Bréfritari: Sigríður Pálsdóttir
Viðtakandi: Páll Pálsson
Dagsetning: A-1840-06-15
Skrifað á: Síðumúla  Mýr.
Páll var bróðir Sigríðar

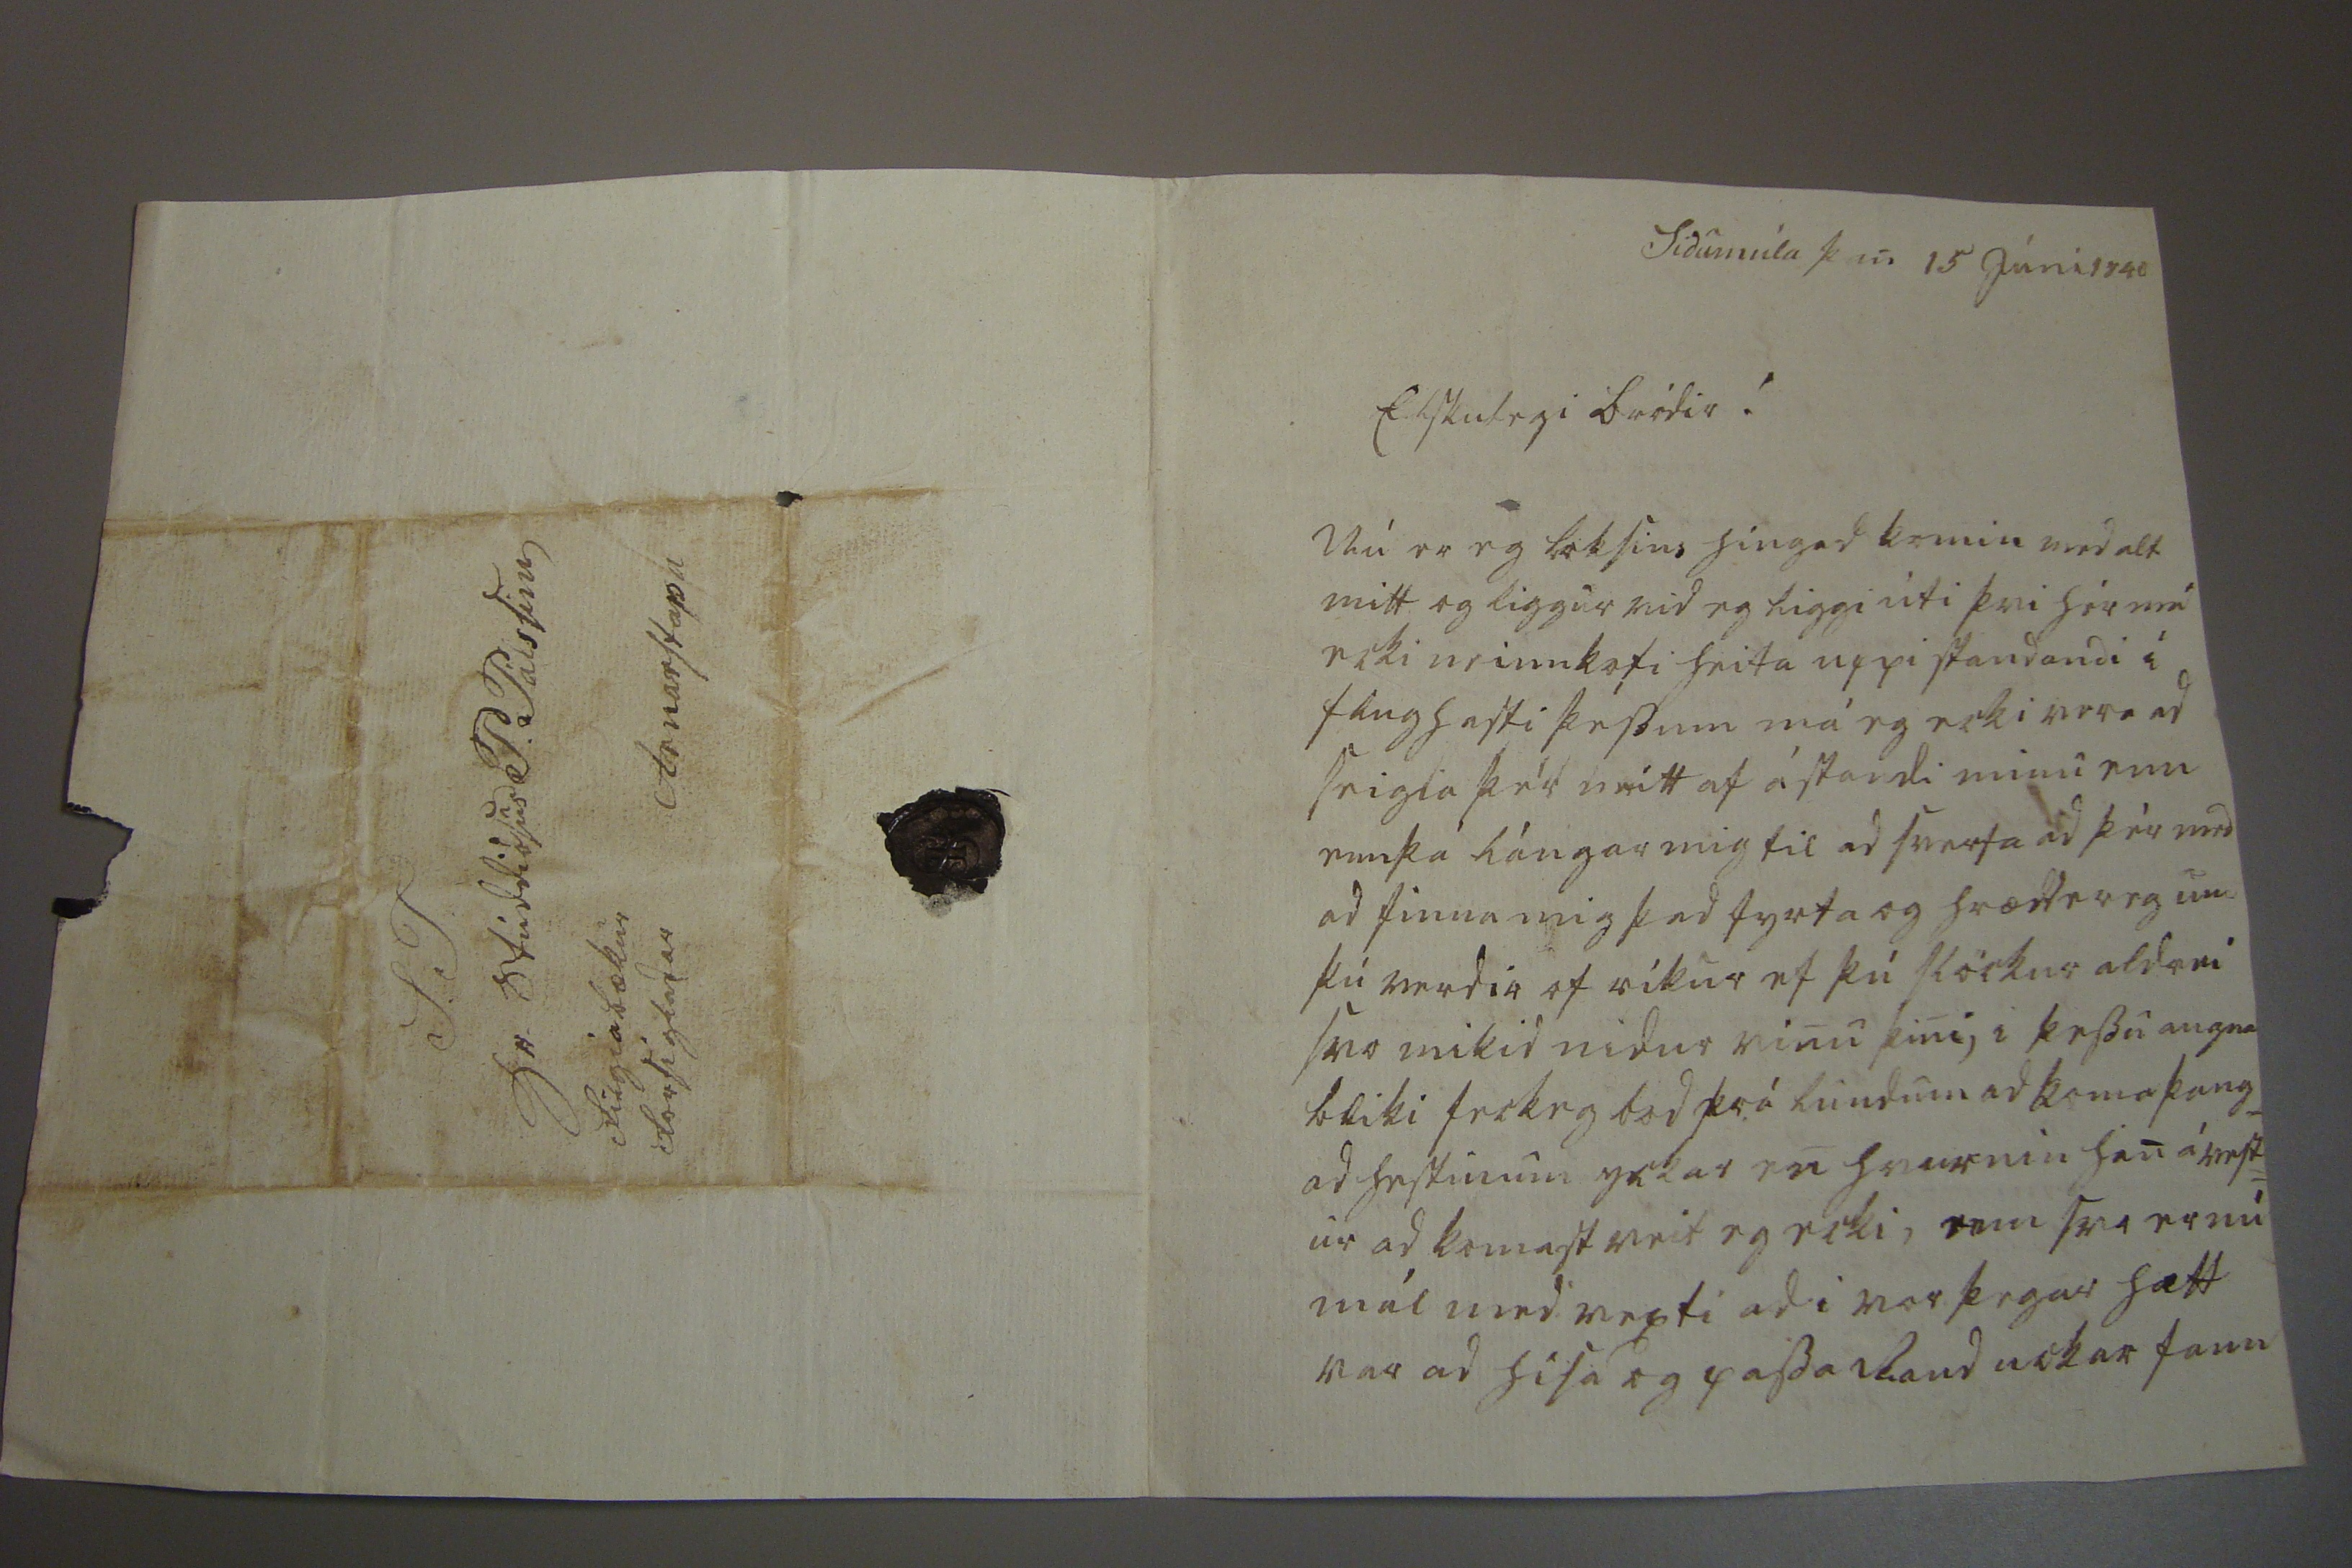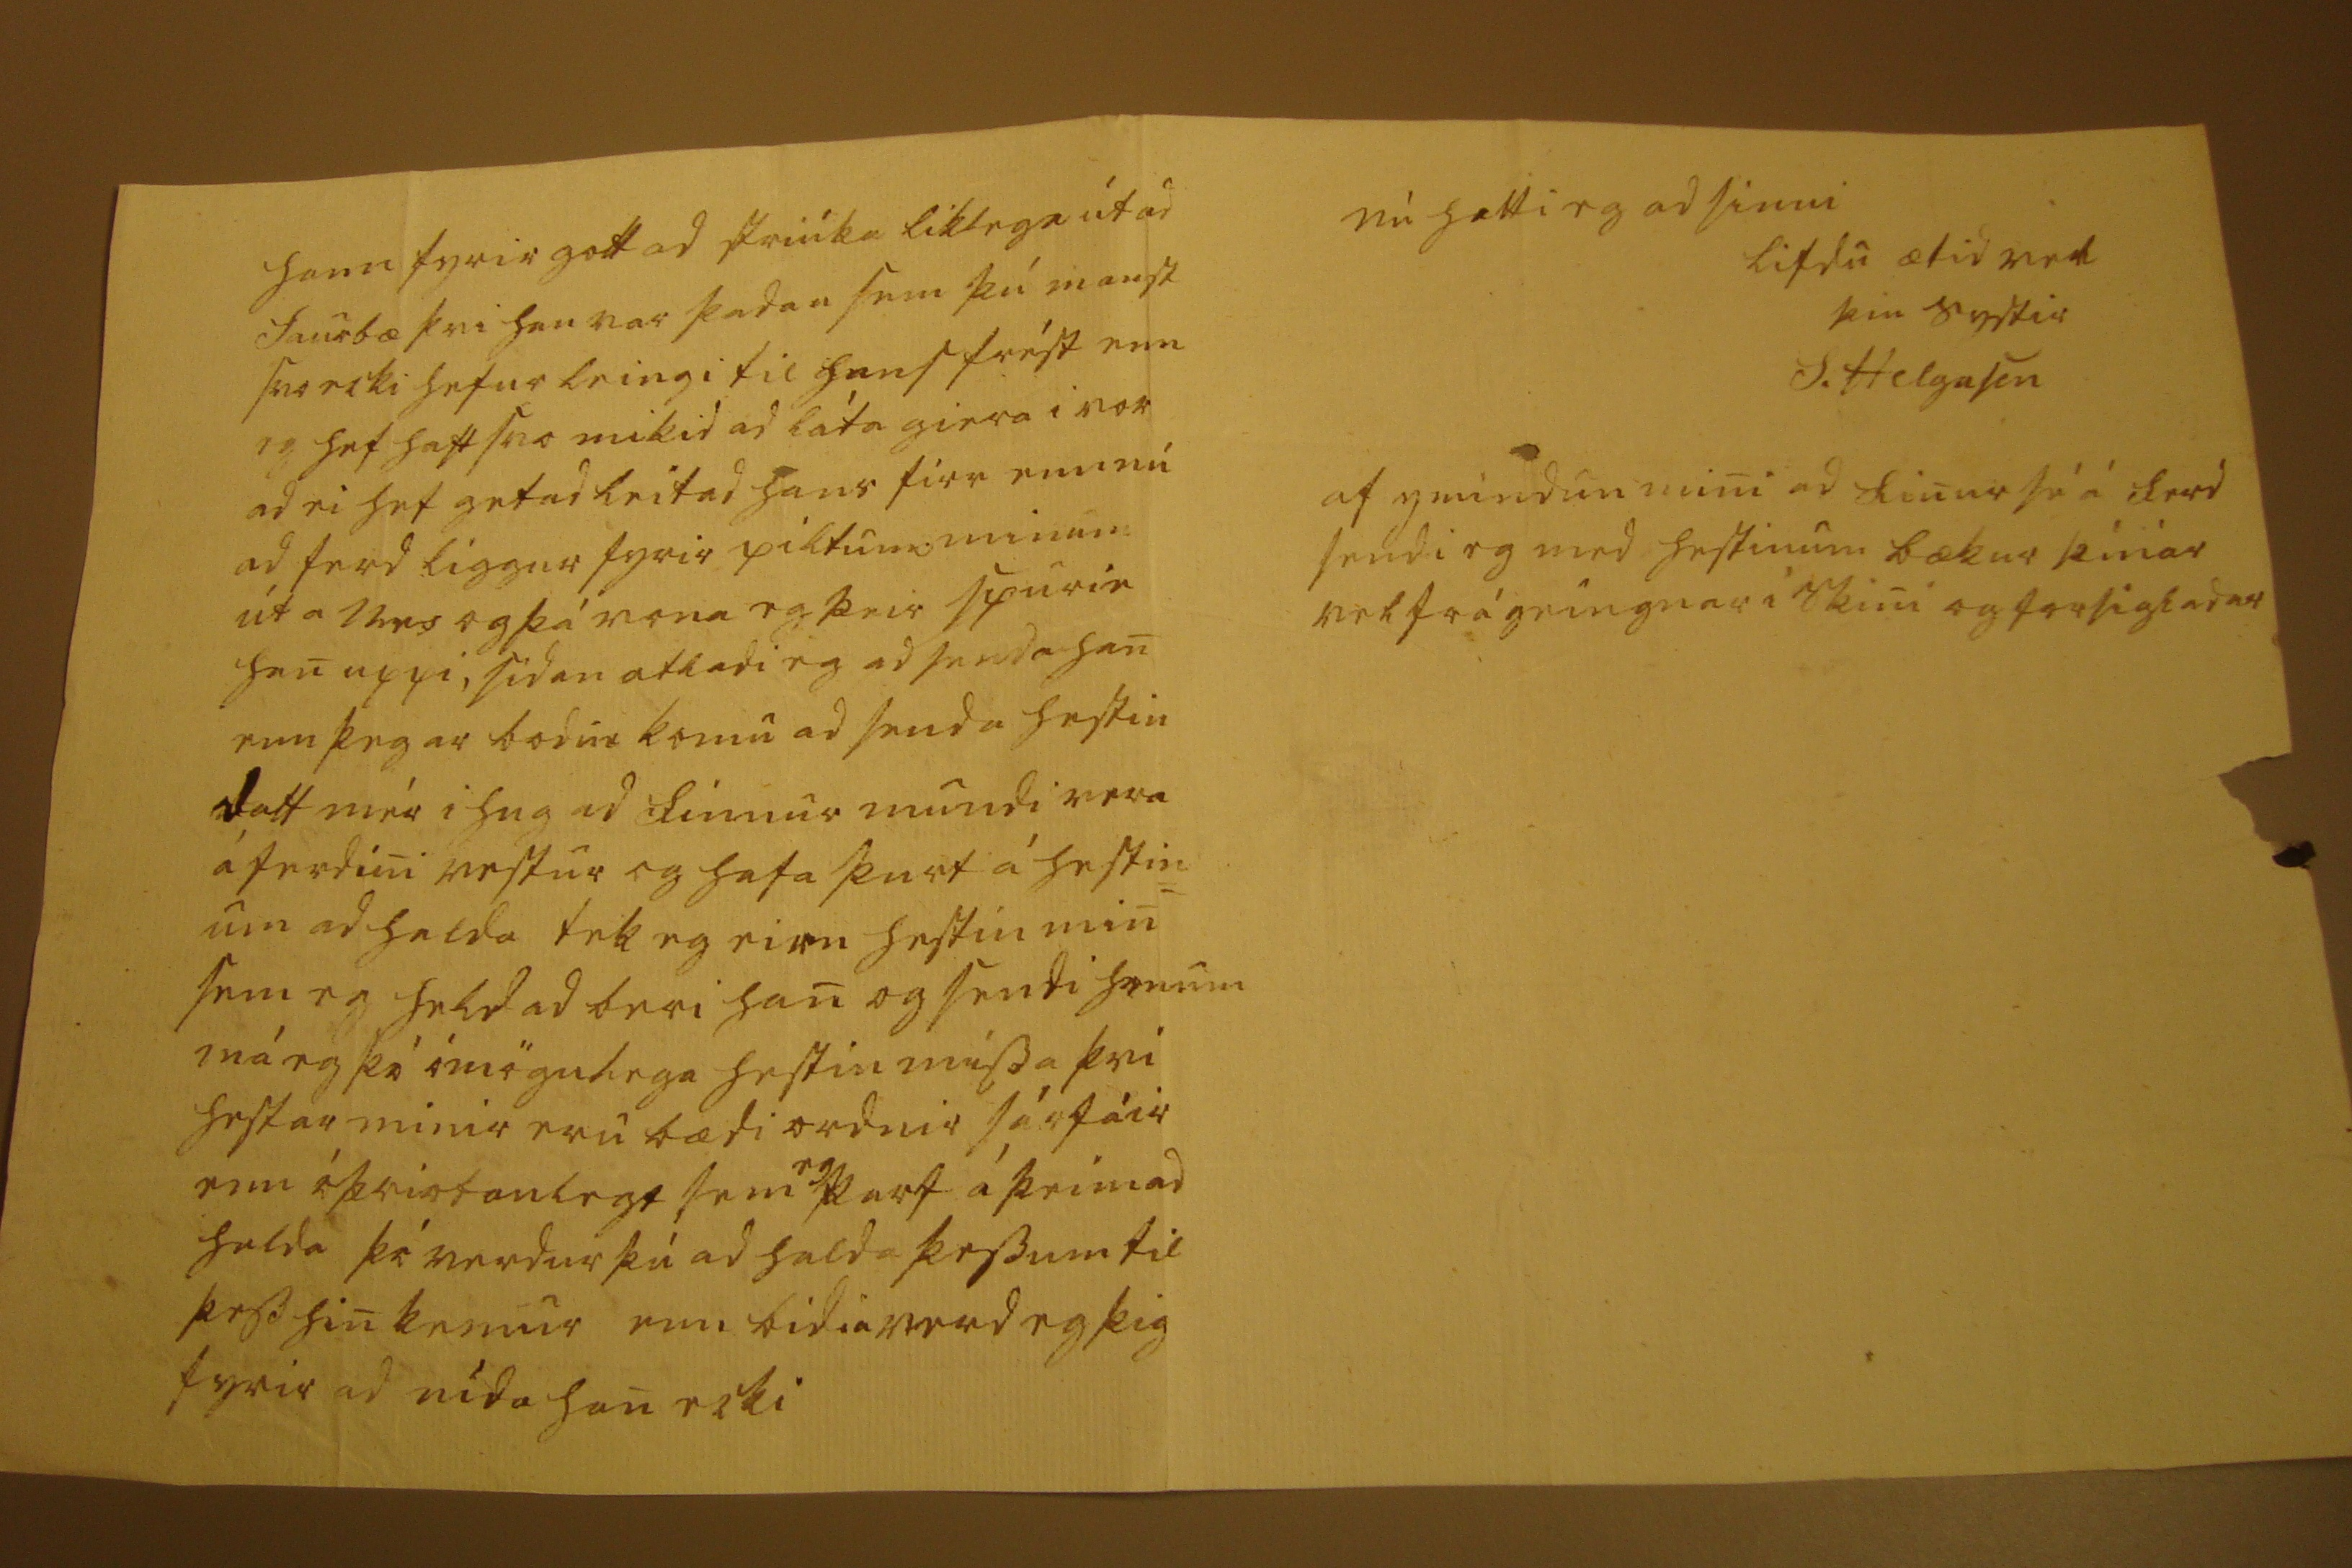

Sidumúla þan 15 Júni 1840
Elskulegi bródir ! Nú er eg loksins hingad komin med alt mitt og liggur vid eg liggi úti þvi hér má ecki neinn kofi heita uppi standandi í flughasti þessum má eg ecki vera ad seigia þér neitt af ástandi minu enn ennþá lángar mig til ad sverfa ad þér med ad finna mig þad fyrta og hrædd er eg um þú verdir of ríkur ef þú slöckur aldrei svo mikid nidur vinu þini, i þessu augnabliki feck eg bod frá lundum ad koma þang_ ad hestinum yckar en hvurnin han á vest= ur ad komast veit eg ecki, enn svo er nú mál med vexti ad i vor þegar hætt var ad hísa og passa Raud
u
ckar fann
hann fyrir gott ad striúka liklega út ad Saurbæ þvi han var þadan sem þú manst svo ecki hefur leingi til hans frést enn eg hef haft svo mikid ad láta giera i vor ad ei hef getad leitad hans firr enn nú ad ferd liggur fyrir piltum minum út a
Nes
og þá vona eg þeir spurie han uppi, sídan atladi eg ad senda han enn þegar bod
in
komu ad senda hestin datt mér i hug ad Finnur mundi vera á ferdini vestur og hafa þurt á hestin= um ad halda tek eg eirn hestin min sem eg held ad beri han og sendi honum má eg þó ómögulega hestin missa þvi hestar minir eru bædi ordnir sárfáir enn óþriotanlegt sem
eg
þarf á þeim ad halda þó verdur þú ad halda þessum til þess hin kemur enn bidia verd eg þig fyrir ad nída han ecki
nú hætti eg ad sinni lifdu ætid vel
þin systir
S. Helgason
af ymindun mini ad Finur sé á ferd sendi eg med hestinum bækur þínar velfrágeingnar i Skini og forsigladar
S.T. hr. Stúddiósus P. Pálssini Arnarstapa filgia bækur forsigladar